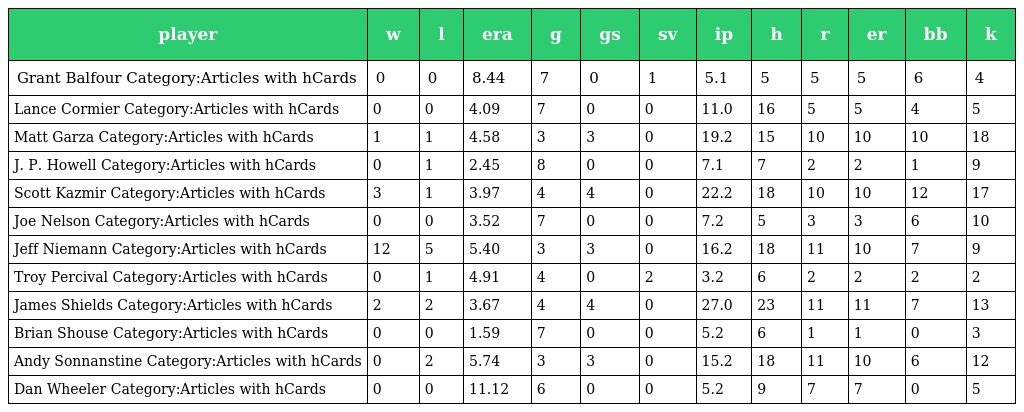
| player | w | l | era | g | gs | sv | ip | h | r | er | bb | k |
 | --- | --- | --- | --- | --- | --- | --- | --- | --- | --- | --- | --- | --- |
 | Grant Balfour Category:Articles with hCards | 0 | 0 | 8.44 | 7 | 0 | 1 | 5.1 | 5 | 5 | 5 | 6 | 4 |
 | Lance Cormier Category:Articles with hCards | 0 | 0 | 4.09 | 7 | 0 | 0 | 11.0 | 16 | 5 | 5 | 4 | 5 |
 | Matt Garza Category:Articles with hCards | 1 | 1 | 4.58 | 3 | 3 | 0 | 19.2 | 15 | 10 | 10 | 10 | 18 |
 | J. P. Howell Category:Articles with hCards | 0 | 1 | 2.45 | 8 | 0 | 0 | 7.1 | 7 | 2 | 2 | 1 | 9 |
 | Scott Kazmir Category:Articles with hCards | 3 | 1 | 3.97 | 4 | 4 | 0 | 22.2 | 18 | 10 | 10 | 12 | 17 |
 | Joe Nelson Category:Articles with hCards | 0 | 0 | 3.52 | 7 | 0 | 0 | 7.2 | 5 | 3 | 3 | 6 | 10 |
 | Jeff Niemann Category:Articles with hCards | 12 | 5 | 5.40 | 3 | 3 | 0 | 16.2 | 18 | 11 | 10 | 7 | 9 |
 | Troy Percival Category:Articles with hCards | 0 | 1 | 4.91 | 4 | 0 | 2 | 3.2 | 6 | 2 | 2 | 2 | 2 |
 | James Shields Category:Articles with hCards | 2 | 2 | 3.67 | 4 | 4 | 0 | 27.0 | 23 | 11 | 11 | 7 | 13 |
 | Brian Shouse Category:Articles with hCards | 0 | 0 | 1.59 | 7 | 0 | 0 | 5.2 | 6 | 1 | 1 | 0 | 3 |
 | Andy Sonnanstine Category:Articles with hCards | 0 | 2 | 5.74 | 3 | 3 | 0 | 15.2 | 18 | 11 | 10 | 6 | 12 |
 | Dan Wheeler Category:Articles with hCards | 0 | 0 | 11.12 | 6 | 0 | 0 | 5.2 | 9 | 7 | 7 | 0 | 5 |